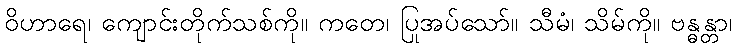
ဝိဟာရေ၊ ကျောင်းတိုက်သစ်ကို။ ကတေ၊ ပြုအပ်သော်။ သီမံ၊ သိမ်ကို။ ဗန္ဓန္တာ၊